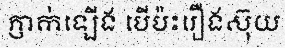
ភ្ញាក់ឡើង បើប៉ះរឿងស៊ុយ